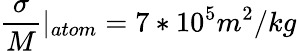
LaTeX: \frac{\sigma}{M}|_{atom}=7*10^{5}m^{2}/kg